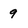
Character: 9